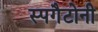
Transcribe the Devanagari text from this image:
स्पगैटोनी